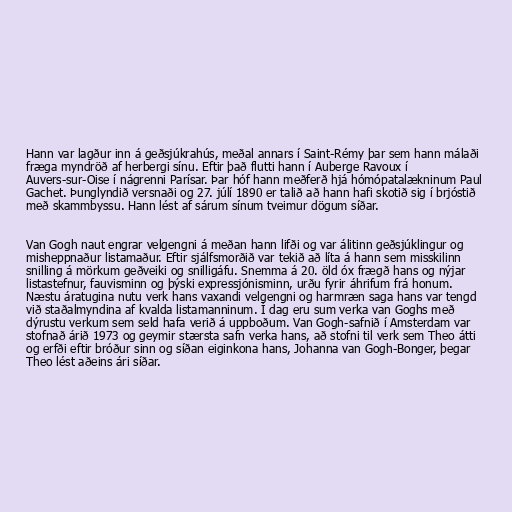
Hann var lagður inn á geðsjúkrahús, meðal annars í Saint-Rémy þar sem hann málaði
fræga myndröð af herbergi sínu. Eftir það flutti hann í Auberge Ravoux í
Auvers-sur-Oise í nágrenni Parísar. Þar hóf hann meðferð hjá hómópatalækninum Paul
Gachet. Þunglyndið versnaði og 27. júlí 1890 er talið að hann hafi skotið sig í brjóstið
með skammbyssu. Hann lést af sárum sínum tveimur dögum síðar.

Van Gogh naut engrar velgengni á meðan hann lifði og var álitinn geðsjúklingur og
misheppnaður listamaður. Eftir sjálfsmorðið var tekið að líta á hann sem misskilinn
snilling á mörkum geðveiki og snilligáfu. Snemma á 20. öld óx frægð hans og nýjar
listastefnur, fauvisminn og þýski expressjónisminn, urðu fyrir áhrifum frá honum.
Næstu áratugina nutu verk hans vaxandi velgengni og harmræn saga hans var tengd
við staðalmyndina af kvalda listamanninum. Í dag eru sum verka van Goghs með
dýrustu verkum sem seld hafa verið á uppboðum. Van Gogh-safnið í Amsterdam var
stofnað árið 1973 og geymir stærsta safn verka hans, að stofni til verk sem Theo átti
og erfði eftir bróður sinn og síðan eiginkona hans, Johanna van Gogh-Bonger, þegar
Theo lést aðeins ári síðar.